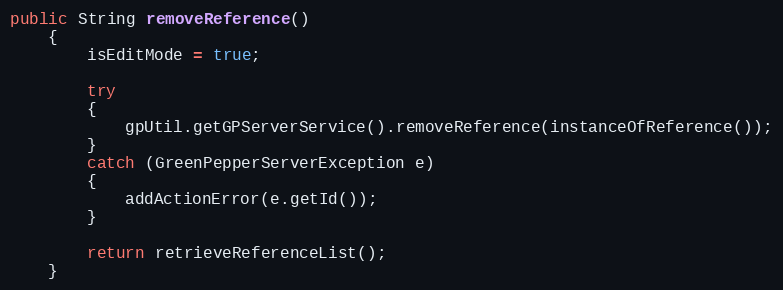
Language: Java
public String removeReference()
    {
        isEditMode = true;

        try
        {
            gpUtil.getGPServerService().removeReference(instanceOfReference());
        }
        catch (GreenPepperServerException e)
        {
            addActionError(e.getId());
        }

        return retrieveReferenceList();
    }